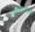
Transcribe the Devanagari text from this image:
माणिकवासगर